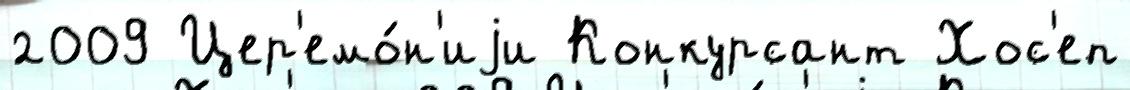
2009 Цер'емо́н'иjи Конкурсант Хос'еп